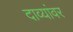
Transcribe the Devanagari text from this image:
दाव्यांवर